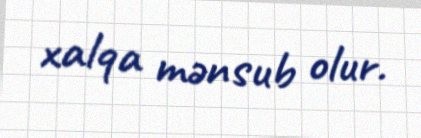
xalqa mənsub olur.